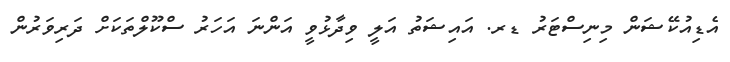
އެޑިއުކޭޝަން މިނިސްޓަރު ޑރ. އައިޝަތު އަލީ ވިދާޅުވީ އަންނަ އަހަރު ސްކޫލްތަކަށް ދަރިވަރުން